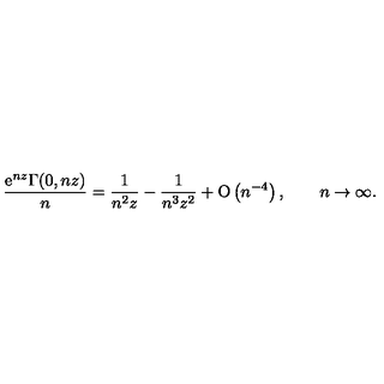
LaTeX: \frac { \mathrm { e } ^ { n z } \Gamma ( 0 , n z ) } { n } = \frac { 1 } { n ^ { 2 } z } - \frac { 1 } { n ^ { 3 } z ^ { 2 } } + \mathrm { O } \left( n ^ { - 4 } \right) , \qquad n \to \infty .